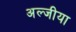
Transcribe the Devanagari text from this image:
अल्जीया